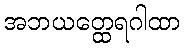
အဘယတ္ထေရဂါထာ